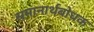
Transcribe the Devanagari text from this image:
समानार्थबोधक